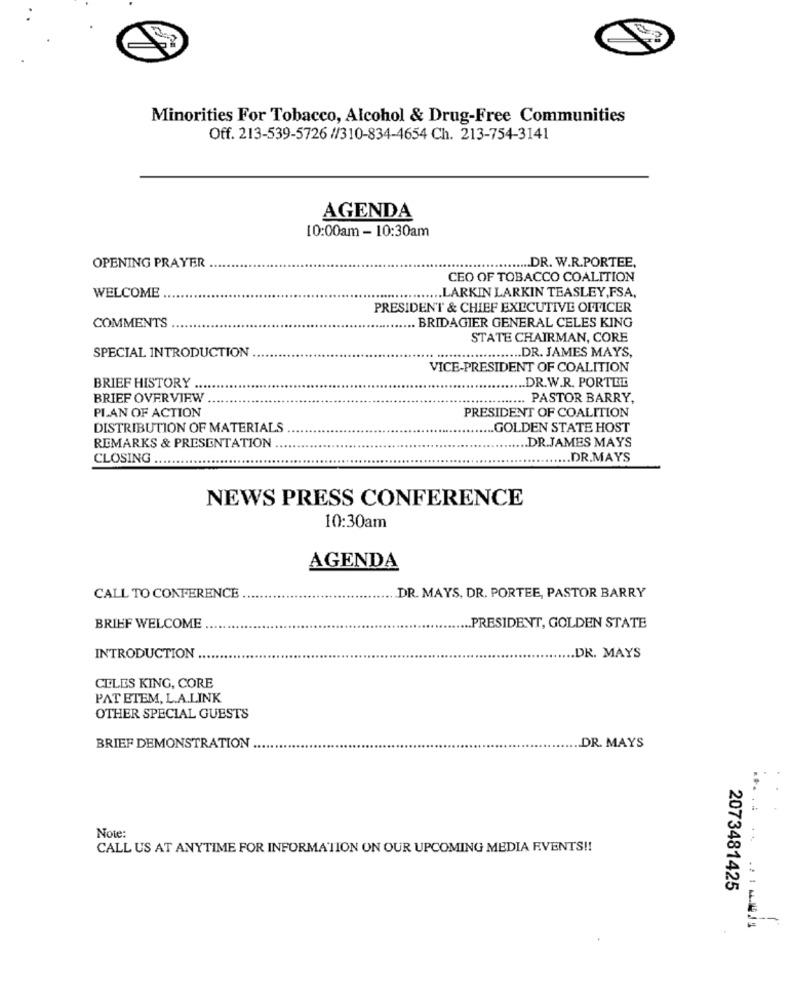
Minorities For Tobacco, Alcohol & Drug-Free Communities
Off. 213-539-5726 //310-834-4654 Ch. 213-754-3141
AGENDA
10:00am - 10:30am
....... DR. W.R.PORTEE.
OPENING PRAYER
CEO OF TOBACCO COALITION
*****........... LARKIN LARKIN TEASLEY,FSA,
WELCOME
PRESIDENT & CHIEF EXECUTIVE OFFICER
COMMENTS
.... BRIDAGIER GENERAL CELES KING
STATE CHAIRMAN, CORE
SPECIAL INTRODUCTION
.............. DR. JAMES MAYS,
.. .....
VICE-PRESIDENT OF COALITION
BRIEF HISTORY ....
... DR.W.R. PORTEL
BRIEF OVERVIEW
***....... PASTOR BARRY,
PLAN OF ACTION
PRESIDENT OF COALITION
DISTRIBUTION OF MATERIALS
.... GOLDEN STATE HOST
REMARKS & PRESENTATION
.. DR.JAMES MAYS
CLOSING ..
.DR.MAYS
NEWS PRESS CONFERENCE
10:30am
AGENDA
CALL TO CONFERENCE
DR. MAYS, DR. PORTEE, PASTOR BARRY
BRIEF WELCOME
... PRESIDENT, GOLDEN STATE
INTRODUCTION
... DR. MAYS
CELES KING, CORE
PAT ETEM, L.A.LINK
OTHER SPECIAL GUESTS
BRIEF DEMONSTRATION
.DR. MAYS
Note:
CALL US AT ANYTIME FOR INFORMATION ON OUR UPCOMING MEDIA EVENTS !!
2073481425